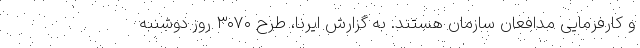
و کارفرمایی مدافعان سازمان هستند. به گزارش ایرنا، طرح ۳۰۷۰ روز دوشنبه